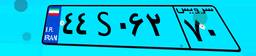
۸۴S۸۳۶۹۳